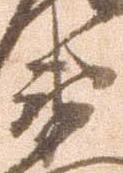
衛